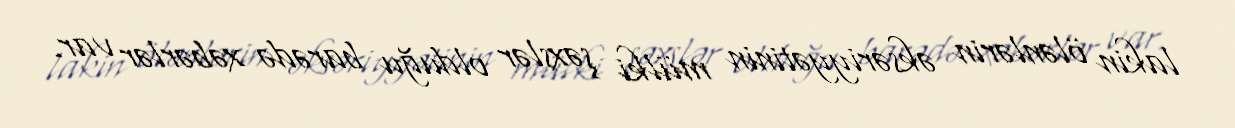
lakin ölənlərin əksəriyyətinin mülki şəxslər olduğu barədə xəbərlər var.